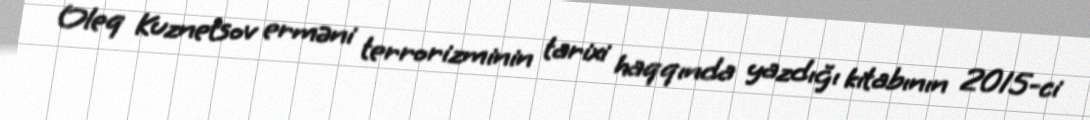
Oleq Kuznetsov erməni terrorizminin tarixi haqqında yazdığı kitabının 2015-ci